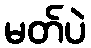
မတ်ပဲ